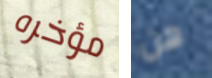
مؤخره هن